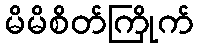
မိမိစိတ်ကြိုက်